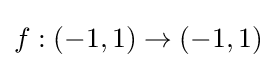
f:(-1,1)\to (-1,1)